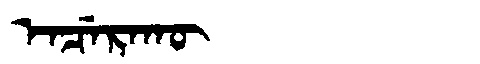
Manchu: ᡝᠨᠴᡝᡵᠠᡴᡡ
Romanization: ENCERAKŪ